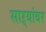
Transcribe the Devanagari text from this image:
साऱ्यांवर